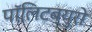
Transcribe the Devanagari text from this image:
पॉलिटब्युरो